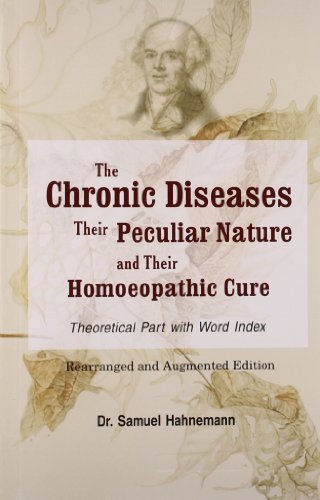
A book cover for Chronic Diseases, Their Particular Nature & Their Homoeopathic Cure; Samuel Hahnemann; Health, Fitness & Dieting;